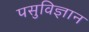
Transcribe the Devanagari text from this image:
पसुविज्ञान